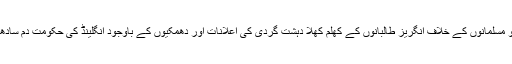
3 اپریل 2018 ء کو مسلمانوں کے خلاف انگریز طالبانوں کے کھلم کھلا دہشت گردی کی اعلانات اور دھمکیوں کے باوجود انگلینڈ کی حکومت دم سادھے بیٹھی ہے .کیوں؟